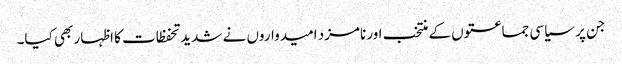
جن پر سیاسی جماعتوں کے منتخب اور نامزد امیدواروں نے شدید تحفظات کا اظہار بھی کیا۔